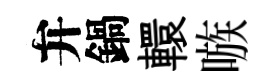
弁鍋轘嗾